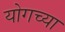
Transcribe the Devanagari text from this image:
योगच्या